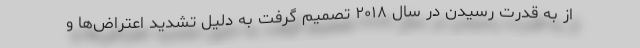
از به قدرت رسیدن در سال ۲۰۱۸ تصمیم گرفت به دلیل تشدید اعتراض‌ها و